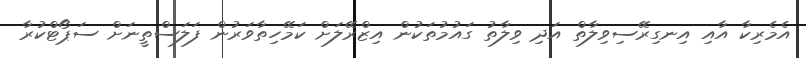
އެމެރިކާ އާއި އިނގިރޭސިވިލާތް އަދި ވިލާތު ގައުމުތަކުން އިޒްރޭލަށް ކަމޭހިތާވަރުން ފަލަސްތީނަށް ސަޕޯޓްކުރާ